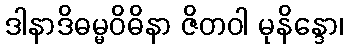
ဒါနာဒိဓမ္မဝိဓိနာ ဇိတဝါ မုနိန္ဒော၊